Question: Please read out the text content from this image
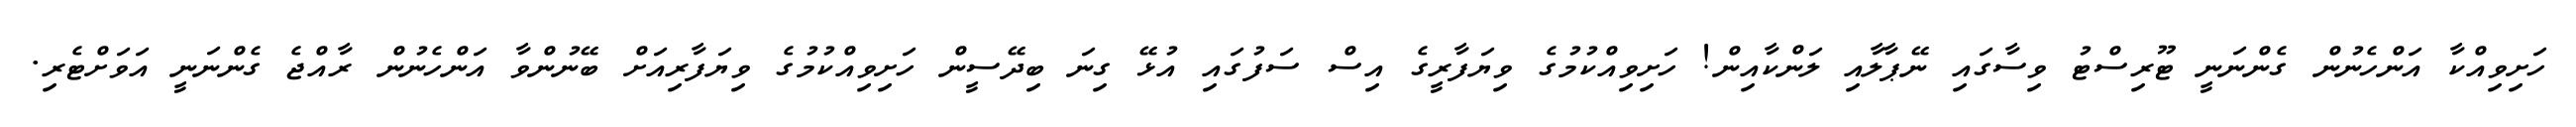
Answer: ހަށިވިއްކާ އަންހެނުން ގެންނަނީ ޓޫރިސްޓު ވިސާގައި ނޭޕާލާއި ލަންކާއިން! ހަށިވިއްކުމުގެ ވިޔަފާރީގެ އިސް ސަފުގައި އުޅޭ ގިނަ ބިދޭސީން ހަށިވިއްކުމުގެ ވިޔަފާރިއަށް ބޭނުންވާ އަންހެނުން ރާއްޖެ ގެންނަނީ އަވަށްޓެރި.